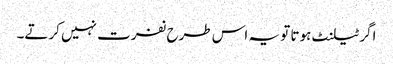
اگر ٹیلنٹ ہوتا تو یہ اس طرح نفرت نہیں کرتے۔